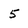
Character: 5